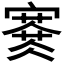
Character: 𡫜